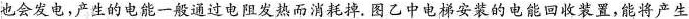
也会发电，产生的电能一般通过电阻发热而消耗掉。图乙中电梯安装的电能回收装置，能将产生